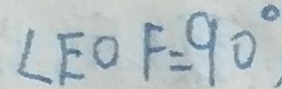
\angle E O F = 9 0 ^ { \circ }